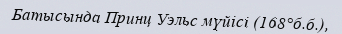
Батысында Принц Уэльс мүйісі (168°б.б.),